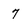
Character: 7